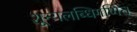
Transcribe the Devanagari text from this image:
शून्यलब्धिगणित